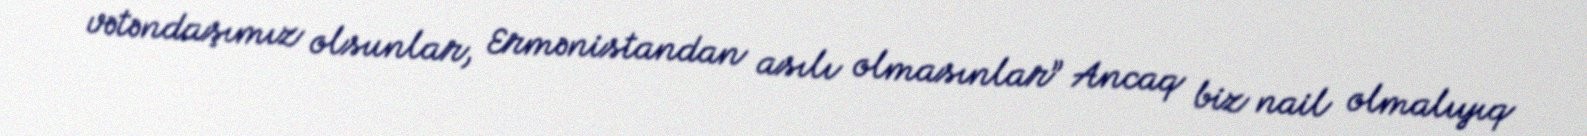
vətəndaşımız olsunlar, Ermənistandan asılı olmasınlar” Ancaq biz nail olmalıyıq